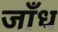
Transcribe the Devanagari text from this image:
जाँध